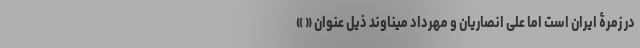
در زمرۀ ایران است اما علی انصاریان و مهرداد میناوند ذیل عنوان « »